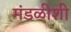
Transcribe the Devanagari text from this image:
मंडळीशी